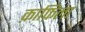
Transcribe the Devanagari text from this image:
क़ाफ़िला